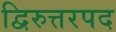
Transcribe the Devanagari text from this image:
द्विरुत्तरपद